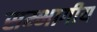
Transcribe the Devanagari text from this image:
सम्भागीय